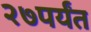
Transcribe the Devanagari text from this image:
२७पर्यंत